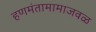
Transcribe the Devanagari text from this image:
हणमंतामामाजवळ